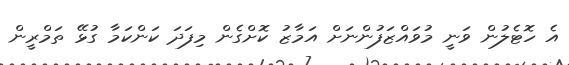
އެ ހޮޓެލުން ވަނީ މުވައްޒަފުންނަށް އަމާޒު ކޮށްގެން މިފަދަ ކަންކަމާ ގުޅޭ ތަމްރީން